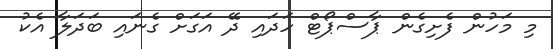
މި މަހުން ފެށިގެން ޕާސްޕޯޓް ހަދައި ދޭ އަގަށް ގެނައި ބަދަލާ އެކު